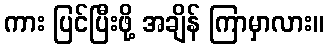
ကား ပြင်ပြီးဖို့ အချိန် ကြာမှာလား။